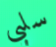
سلبي